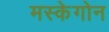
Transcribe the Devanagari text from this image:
मस्केगोन